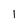
Character: I